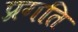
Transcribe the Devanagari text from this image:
प्रगति